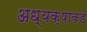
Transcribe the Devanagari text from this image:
अध्यक्षाकडे